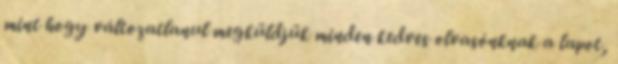
mint hogy változatlanul megküldjük minden kedves olvasónknak a lapot,